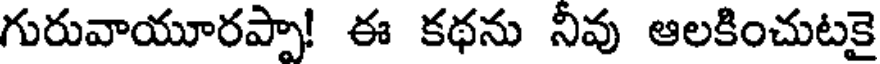
గురువాయూరప్పా! ఈ కథను నివు ఆలకించుటకై